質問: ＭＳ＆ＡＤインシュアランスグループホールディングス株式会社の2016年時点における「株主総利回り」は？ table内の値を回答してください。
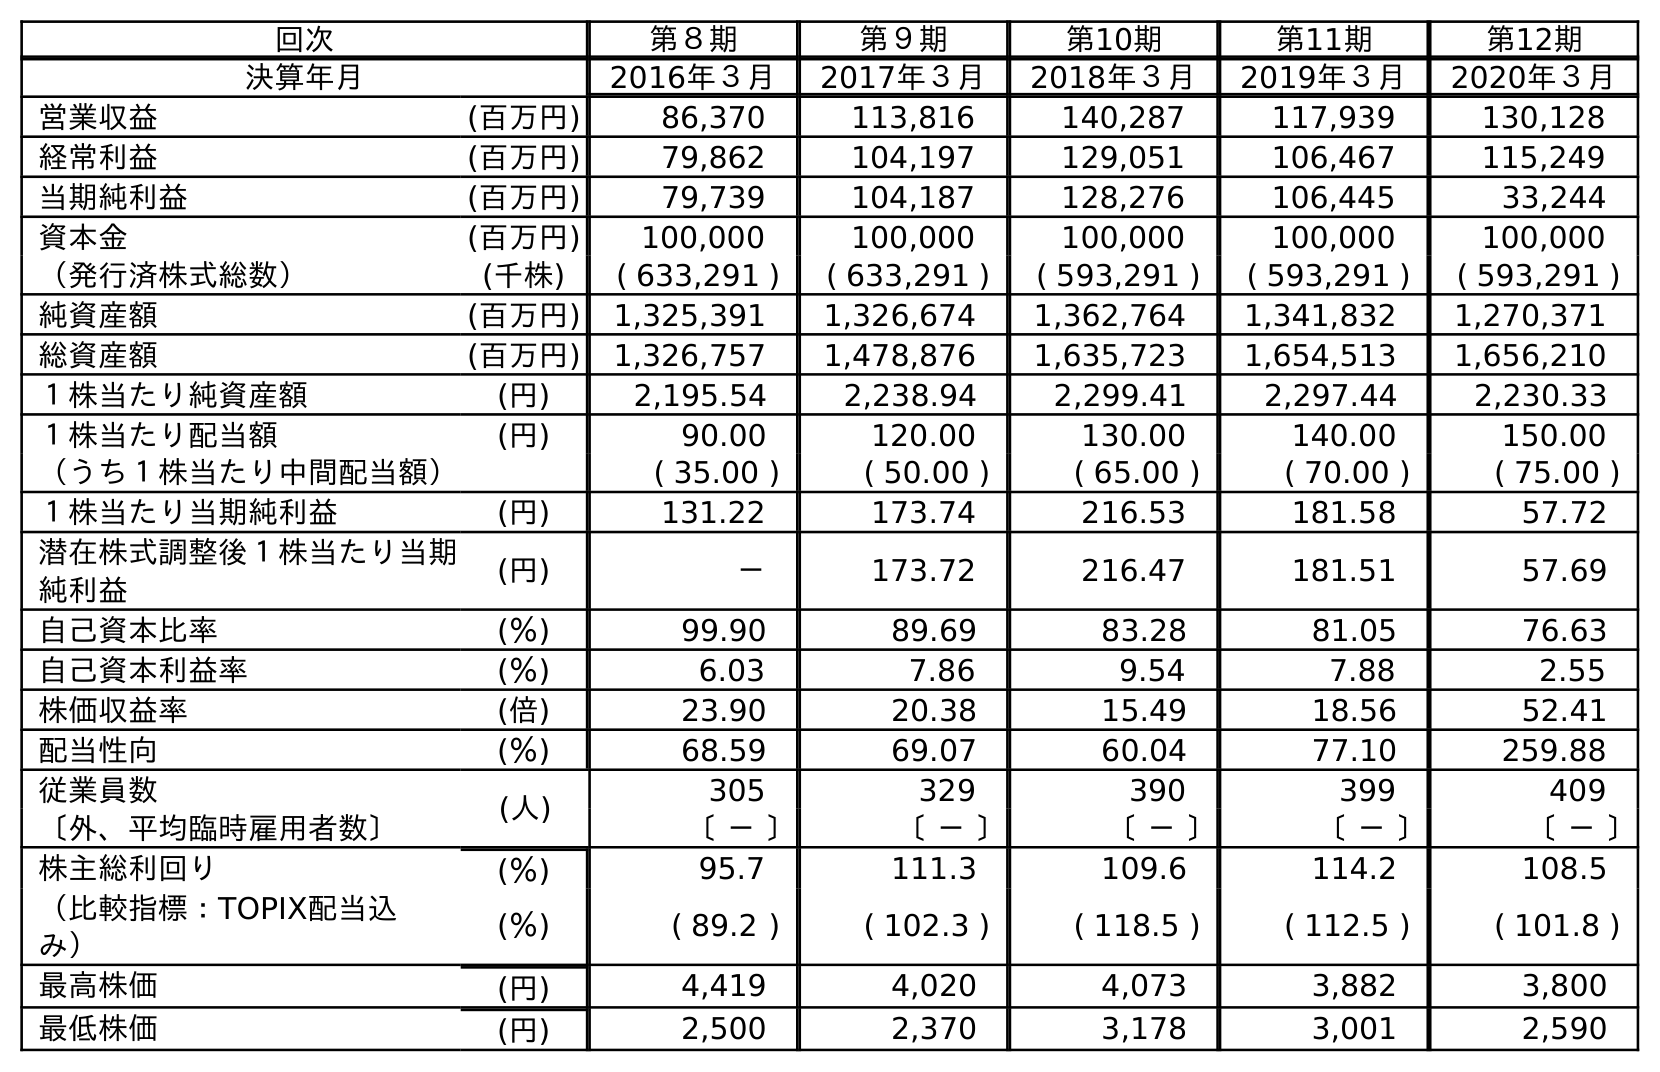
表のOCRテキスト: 回次 第８期 第９期 第10期 第11期 第12期 決算年月 2016年３月 2017年３月 2018年３月 2019年３月 2020年３月 営業収益 (百万円) 86,370 113,816 140,287 117,939 130,128 経常利益 (百万円) 79,862 104,197 129,051 106,467 115,249 当期純利益 (百万円) 79,739 104,187 128,276 106,445 33,244 資本金 (百万円) 100,000 100,000 100,000 100,000 100,000 （発行済株式総数） (千株) ( 633,291 ) ( 633,291 ) ( 593,291 ) ( 593,291 ) ( 593,291 ) 純資産額 (百万円) 1,325,391 1,326,674 1,362,764 1,341,832 1,270,371 総資産額 (百万円) 1,326,757 1,478,876 1,635,723 1,654,513 1,656,210 １株当たり純資産額 (円) 2,195.54 2,238.94 2,299.41 2,297.44 2,230.33 １株当たり配当額 (円) 90.00 120.00 130.00 140.00 150.00 （うち１株当たり中間配当額） ( 35.00 ) ( 50.00 ) ( 65.00 ) ( 70.00 ) ( 75.00 ) １株当たり当期純利益 (円) 131.22 173.74 216.53 181.58 57.72 潜在株式調整後１株当たり当期 純利益 (円) － 173.72 216.47 181.51 57.69 自己資本比率 (％) 99.90 89.69 83.28 81.05 76.63 自己資本利益率 (％) 6.03 7.86 9.54 7.88 2.55 株価収益率 (倍) 23.90 20.38 15.49 18.56 52.41 配当性向 (％) 68.59 69.07 60.04 77.10 259.88 従業員数 (人) 305 329 390 399 409 〔外、平均臨時雇用者数〕 〔 － 〕 〔 － 〕 〔 － 〕 〔 － 〕 〔 － 〕 株主総利回り (％) 95.7 111.3 109.6 114.2 108.5 （比較指標：TOPIX配当込 み） (％) ( 89.2 ) ( 102.3 ) ( 118.5 ) ( 112.5 ) ( 101.8 ) 最高株価 (円) 4,419 4,020 4,073 3,882 3,800 最低株価 (円) 2,500 2,370 3,178 3,001 2,590
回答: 95.7